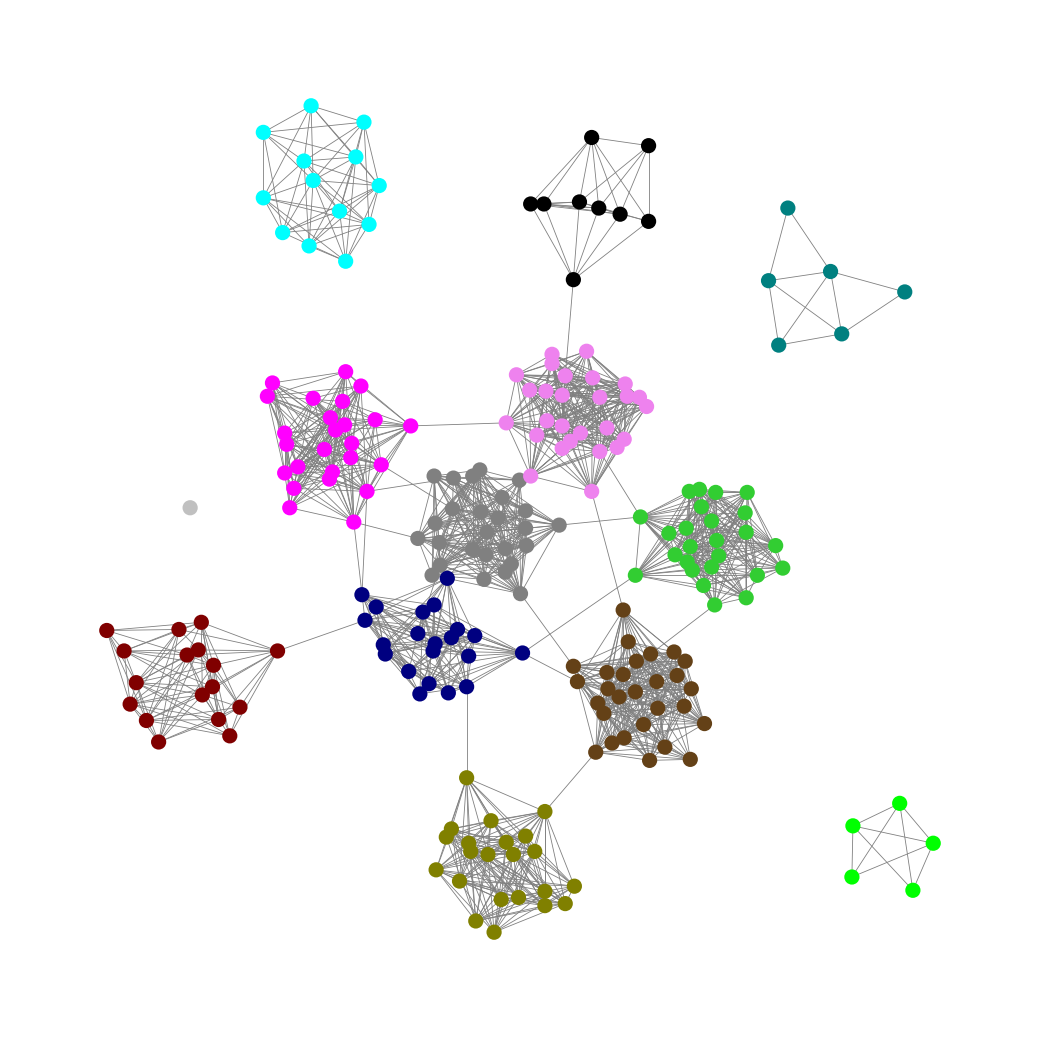
Graph connected: No
Number of connected components: 5
Number of singletons: 1
Total number of nodes: 225
Total number of edges: 1659
Number of communities: 13
Community sizes:
Aqua: 13
Black: 9
Fuchsia: 25
Gray: 26
Lime: 5
Lime Green: 25
Maroon: 17
Navy: 21
Olive: 22
Pullman Brown: 28
Silver: 1
Teal: 6
Violet: 27
Graph layout: tda
Graph generation method: erdos_renyi